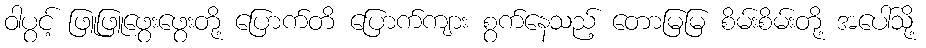
ဝါပွင့် ဖြူဖြူဖွေးဖွေးတို့ ပြောက်တိ ပြောက်ကျား စွက်နေသည့် တောမြမြ စိမ်းစိမ်းတို့ အပေါ်သို့